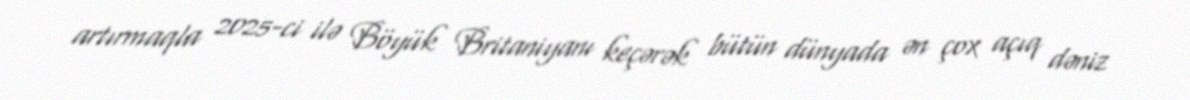
artırmaqla 2025-ci ilə Böyük Britaniyanı keçərək bütün dünyada ən çox açıq dəniz